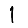
Digit: 1